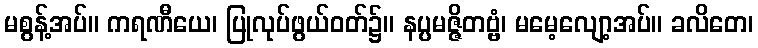
မစွန့်အပ်။ ကရဏီယေ၊ ပြုလုပ်ဖွယ်ဝတ်၌။ နပ္ပမဇ္ဇိတဗ္ဗံ၊ မမေ့လျော့အပ်။ ခလိတေ၊